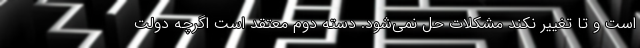
است و تا تغییر نکند مشکلات حل نمی‌شود. دسته دوم معتقد است اگرچه دولت